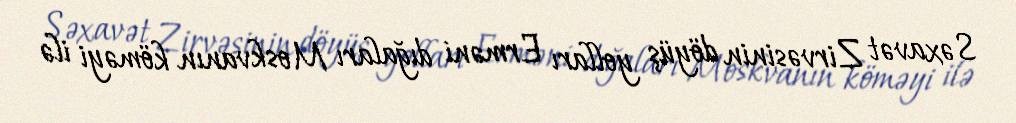
Səxavət Zirvəsinin döyüş yolları Erməni dığaları Moskvanın köməyi ilə